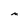
Character: M